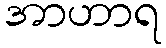
အာဟာရ